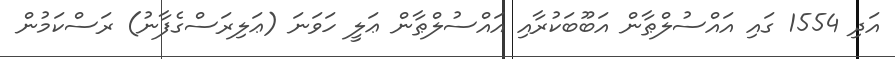
އަދި 1554 ގައި އައްސުލްޠާން އަބޫބަކުރާއި އައްސުލްޠާން ޢަލީ ހަވަނަ (ޢަލިރަސްގެފާނު) ރަސްކަމުން